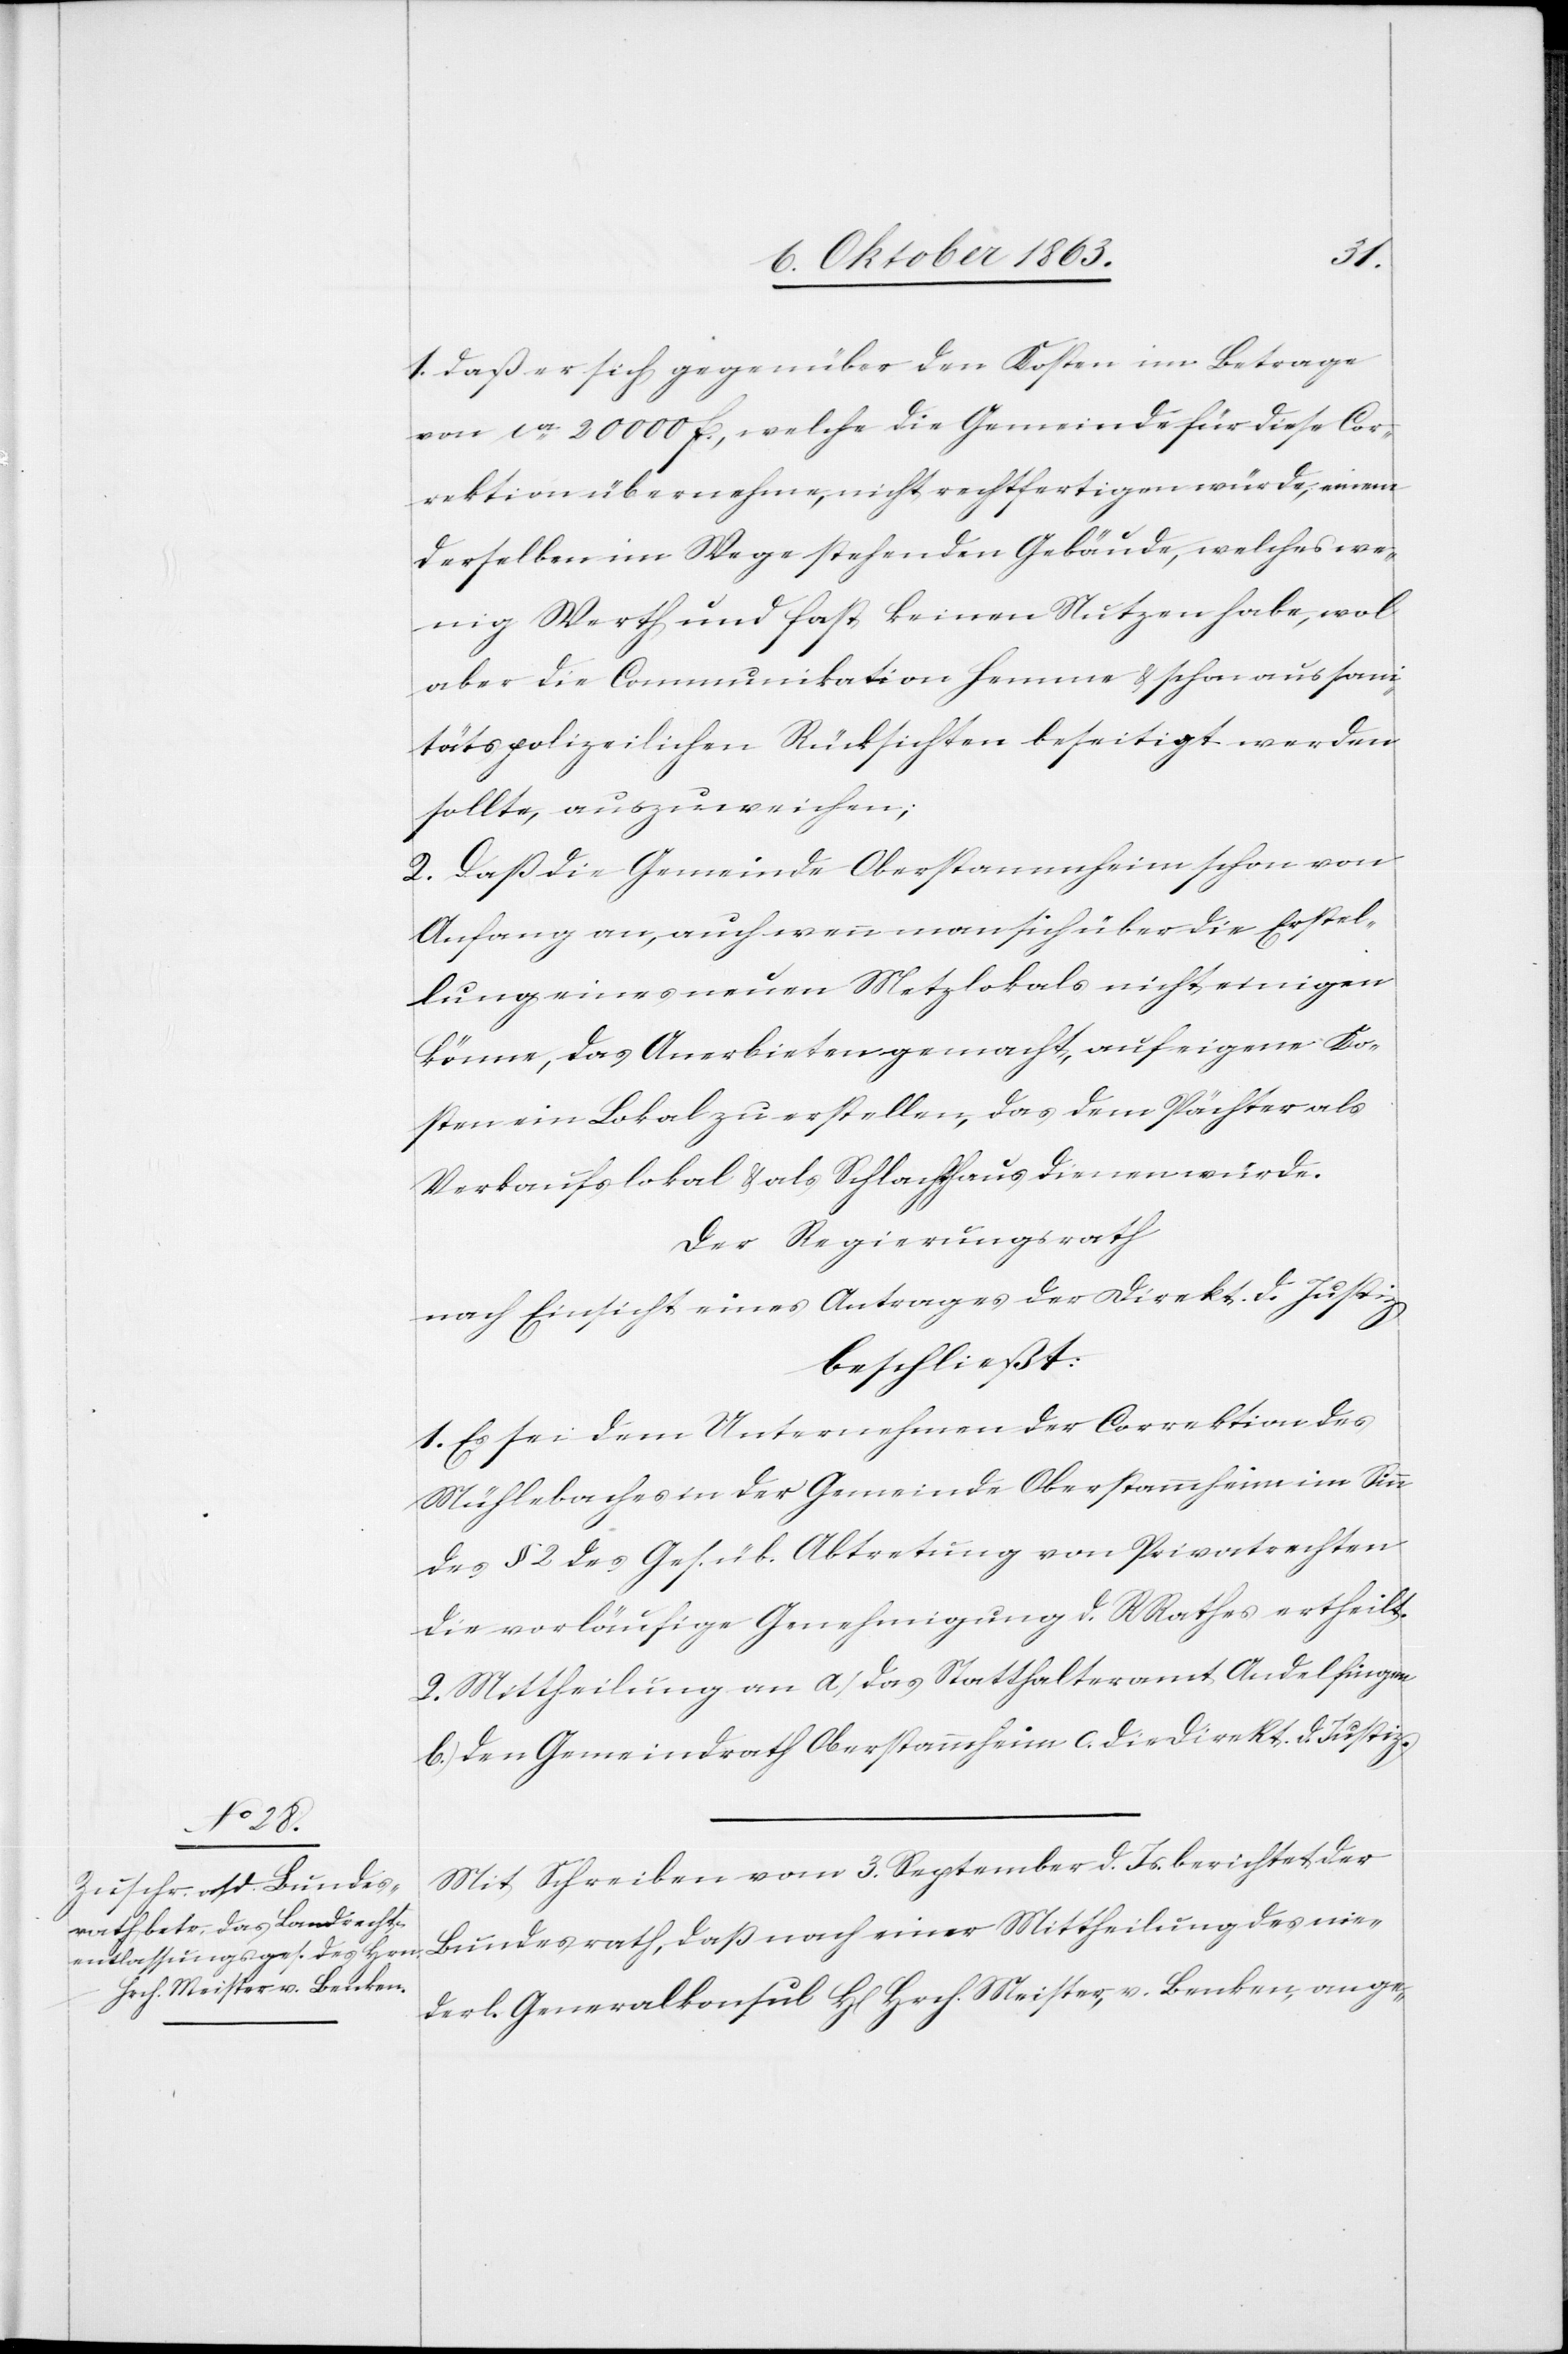
1. daß er sich gegenüber den Kosten im Betrage
von ca 20 000 f., welche die Gemeinde für diese Cor¬
rektion übernehme, nicht rechtfertigen würde, einem
derselben im Wege stehenden Gebäude, welches we¬
nig Werth und fast keinen Nutzen habe, wol
aber die Communikation hemme & schon aus san¬
itätspolizeilichen Rücksichten beseitigt werden
sollte, auszuweichen;
2. daß die Gemeinde Oberstammheim schon von
Anfang an, auch wenn man sich über die Erstel¬
lung eines neuen Metz[g]lokals nicht einigen
könne, das Anerbieten gemacht, auf eigene Ko¬
sten ein Lokal zu erstellen, das dem Pächter als
Verkaufslokal & als Schlachthaus dienen würde.
Der Regierungsrath
nach Einsicht eines Antrages der Direkt. d. Justiz
beschließt:
1. Es sei dem Unternehmen der Correktion des
Mühlebaches in der Gemeinde Oberstammheim im Sinn
des § 2 des Ges. üb. Abtretung von Privatrechten
die vorläufige Genehmigung d. RRathes ertheilt.
2. Mittheilung an a) das Statthalteramt Andelfingen
b.) den Gemeindrath Oberstammheim c. die Direkt. d. Justiz.
Mit Schreiben vom 3. September d. Js. berichtet der
Bundesrath, daß nach einer Mittheilung des nie¬
derl. Generalkonsul H[errn] Hrch. Meister, v. Benken, ange-